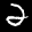
Label: 2